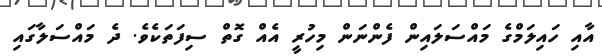
އާއި ހައިލަމްގެ މައްސަލައިން ފެންނަން މިހުރީ އެއް ގޮތް ސިފަތަކެވެ. ދެ މައްސަލާގައި